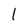
Character: 1